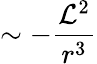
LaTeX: \sim-\frac{{\cal{L}}^{2}}{r^{3}}